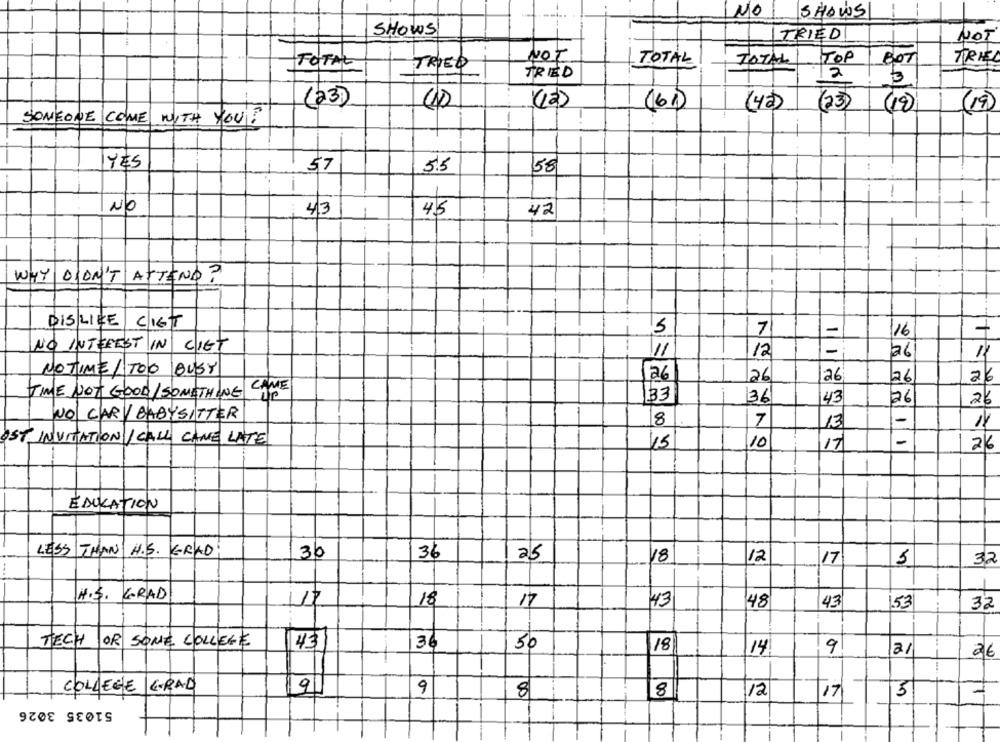
NO
SHOWS
SHOWS
ITRIED
NOT
NOT
HOP
BOT
TRILL
TOTAL
TOTAL
TOTAL
TRIED
TRIED
3
(23)
(6)
(42)
(23)
(19)
(19)
SOMEONE COME WITH YOUR
YES
57
5.5
58
-
+
-
NO
43
-
45
42
WHY
DIDN'T ATTEND?
-
DISLIKE CIGT
5
7
16
+
NO INTEREST IN CIET
11
12
1-
NOTIME/ TOO BUSY
126
26
26
26
26
CAME
TIME NOT GOOD/SOMETHING
33
136
43
26
26
NO CAR/ BABYSITTER
8
7
13
OST INVITATION / CALL CAME LATE
45
10
17
26
-
ÉDUCATION
LESS THAN H.S. GRAD
30
36
25
18
12
17
5
32
H.S. GRAD
17
18
43
17
48
43
153
32
TECH
OR SONE COLLEGE
43
36
18
50
14
9
26
COLLEGE
GRAD
91
9
8
8
12
17
5
51035 3026